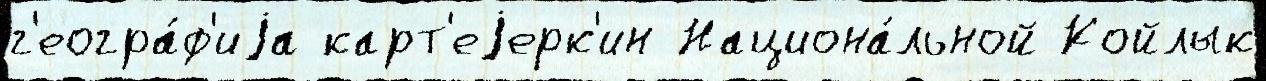
г'еогра́ф'иjа карт'еjерк'ин Национа́льной Койлык